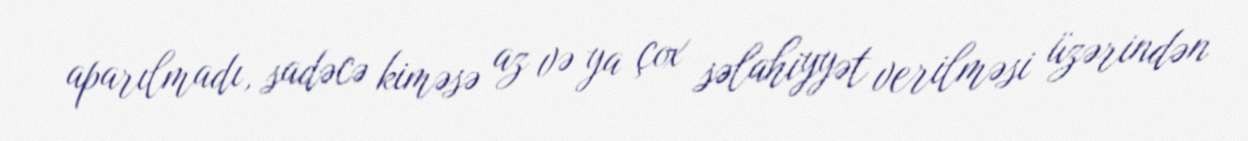
aparılmadı, sadəcə kiməsə az və ya çox səlahiyyət verilməsi üzərindən